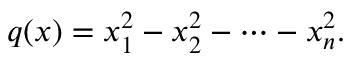
q ( x ) = x _ { 1 } ^ { 2 } - x _ { 2 } ^ { 2 } - \cdots - x _ { n } ^ { 2 } .